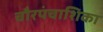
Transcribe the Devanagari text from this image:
चौरपंचाशिका